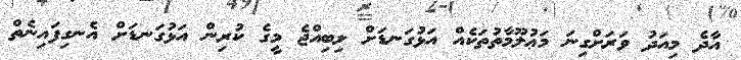
އާދެ މިއަދު ވަރަށްގިނަ މަޢުލޫމާތުތަކެއް އަޅުގަނޑަށް ލިބިއްޖެ މީގެ ކުރިން އަޅުގަނޑަށް އެނގިފައިނެތް